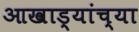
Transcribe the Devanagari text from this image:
आखाड्यांच्या